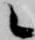
候